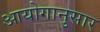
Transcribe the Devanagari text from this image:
आयोगानुसार